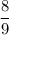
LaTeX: \frac { 8 } { 9 }